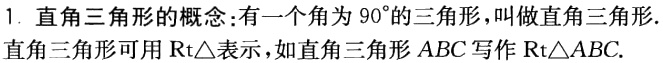
1. 直角三角形的概念：有一个角为\(90^{\circ}\)的三角形，叫做直角三角形.
直角三角形可用\(\text{Rt}\triangle\)表示，如直角三角形 \(ABC\) 写作\(\text{Rt}\triangle ABC\).